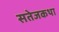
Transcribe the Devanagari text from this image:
सतेजकथा